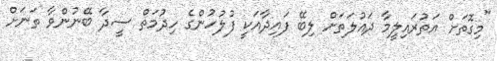
"މިގޮތަށް އަތުރައިލީމާ ދައުލަތަށް ލިބޭ ފައިދާއަކީ ފުލުހުންގެ ހިދުމަތް ސީދާ ބޭނުންވާ ތަނަށް